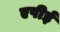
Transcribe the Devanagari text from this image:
एपीई